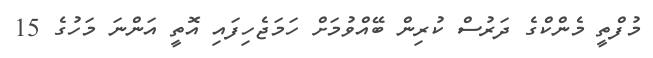
މުފްތީ މެންކްގެ ދަރުސް ކުރިން ބޭއްވުމަށް ހަމަޖެހިފައި އޮތީ އަންނަ މަހުގެ 15